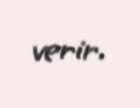
verir.